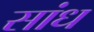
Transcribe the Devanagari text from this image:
सांध